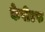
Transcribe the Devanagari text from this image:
केपीएफ